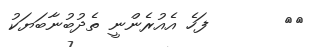
٣٤       ފަހެ އެއުރެންނީ ތެދުބުނާބަޔަކު